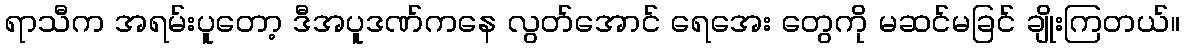
ရာသီက အရမ်းပူတော့ ဒီအပူဒဏ်ကနေ လွတ်အောင် ရေအေး တွေကို မဆင်မခြင် ချိုးကြတယ်။